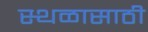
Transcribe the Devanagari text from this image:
स्थळासाठी